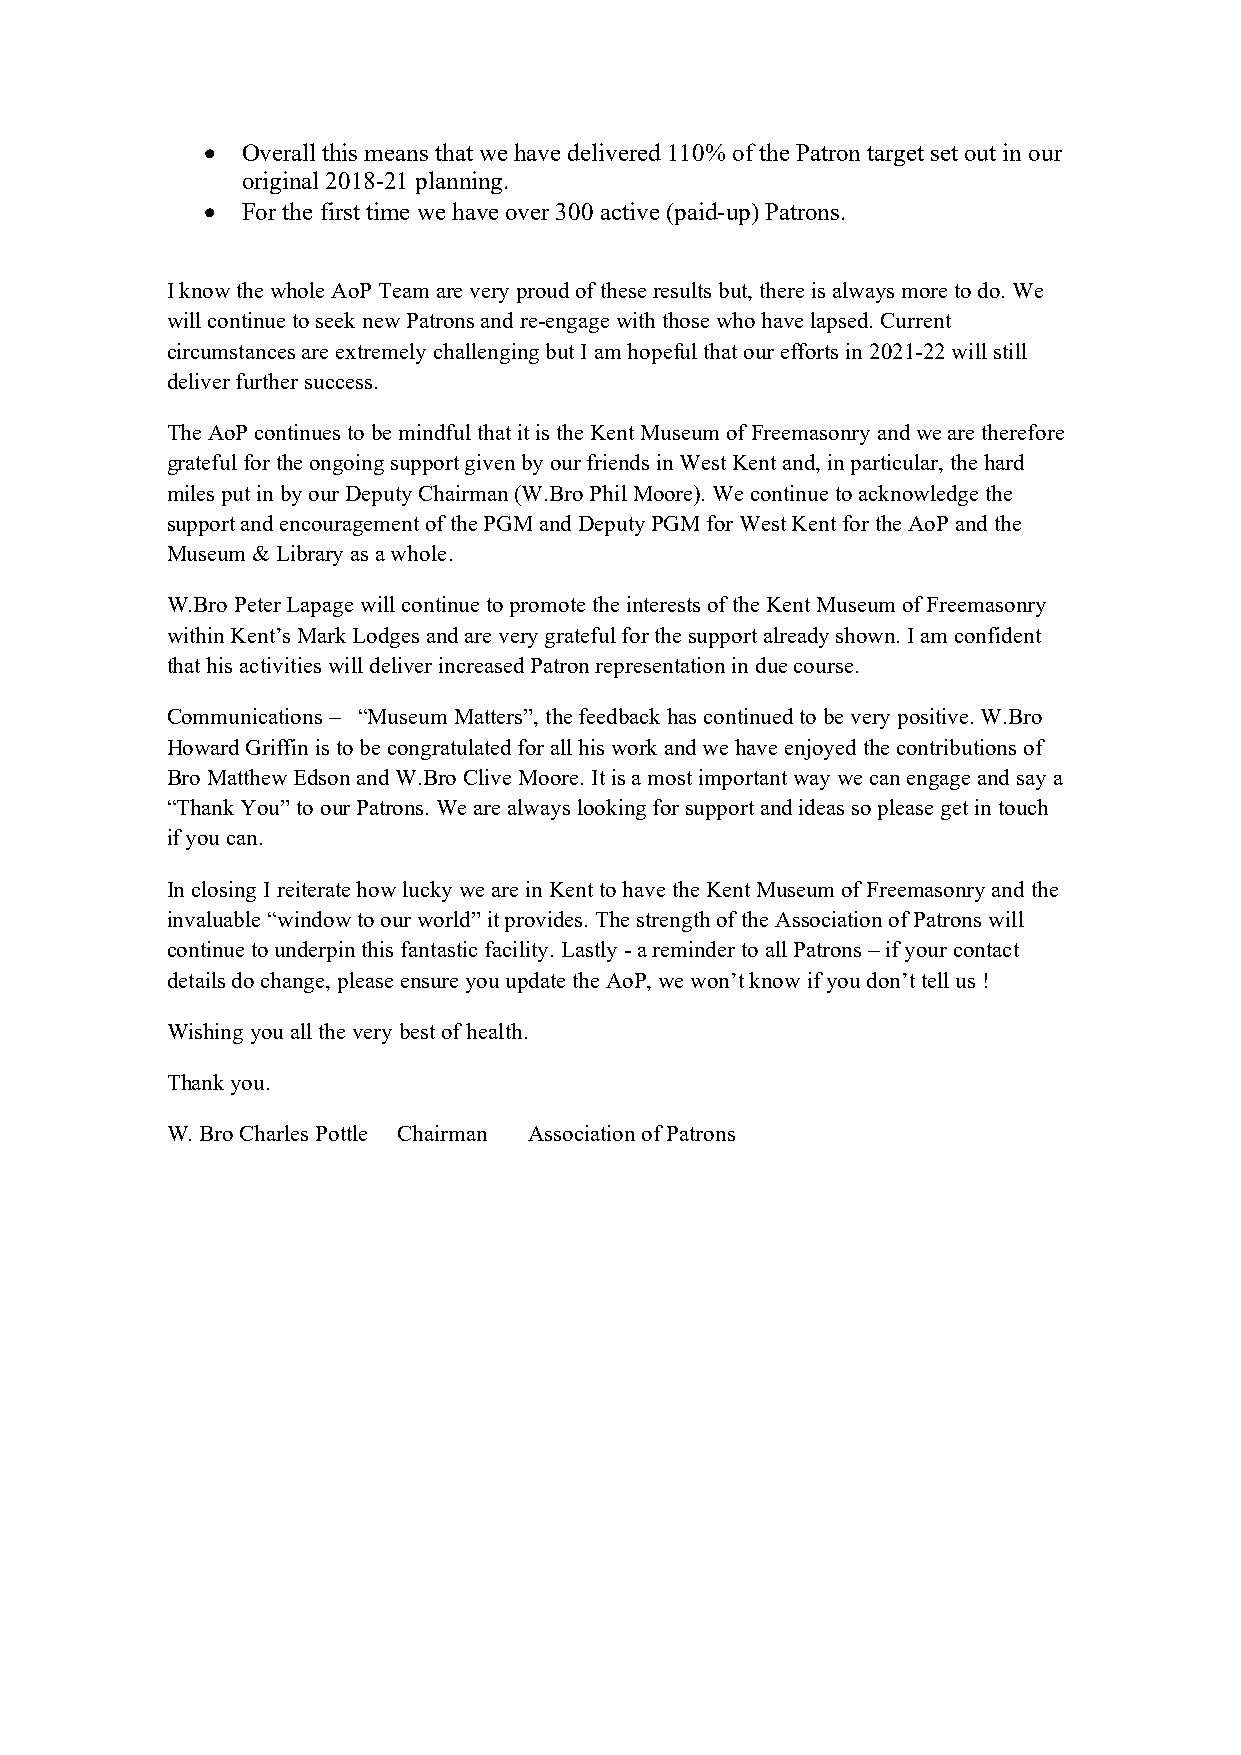
• Overall this means that we have delivered 110% of the Patron target set out in our
 original 2018-21 planning.
 • For the first time we have over 300 active (paid-up) Patrons.
 I know the whole AoP Team are very proud of these results but, there is always more to do. We
 will continue to seek new Patrons and re-engage with those who have lapsed. Current
 circumstances are extremely challenging but I am hopeful that our efforts in 2021-22 will still
 deliver further success.
 The AoP continues to be mindful that it is the Kent Museum of Freemasonry and we are therefore
 grateful for the ongoing support given by our friends in West Kent and, in particular, the hard
 miles put in by our Deputy Chairman (W.Bro Phil Moore). We continue to acknowledge the
 support and encouragement of the PGM and Deputy PGM for West Kent for the AoP and the
 Museum & Library as a whole.
 W.Bro Peter Lapage will continue to promote the interests of the Kent Museum of Freemasonry
 within Kent’s Mark Lodges and are very grateful for the support already shown. I am confident
 that his activities will deliver increased Patron representation in due course.
 Communications – “Museum Matters”, the feedback has continued to be very positive. W.Bro
 Howard Griffin is to be congratulated for all his work and we have enjoyed the contributions of
 Bro Matthew Edson and W.Bro Clive Moore. It is a most important way we can engage and say a
 “Thank You” to our Patrons. We are always looking for support and ideas so please get in touch
 if you can.
 In closing I reiterate how lucky we are in Kent to have the Kent Museum of Freemasonry and the
 invaluable “window to our world” it provides. The strength of the Association of Patrons will
 continue to underpin this fantastic facility. Lastly - a reminder to all Patrons – if your contact
 details do change, please ensure you update the AoP, we won’t know if you don’t tell us !
 Wishing you all the very best of health.
 Thank you.
 W. Bro Charles Pottle Chairman Association of Patrons